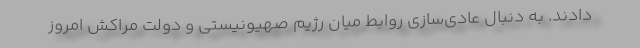
دادند. به دنبال عادی‌سازی روابط میان رژیم صهیونیستی و دولت مراکش امروز